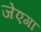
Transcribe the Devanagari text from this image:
जेएगा